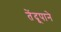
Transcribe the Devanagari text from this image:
तेंदूपाने